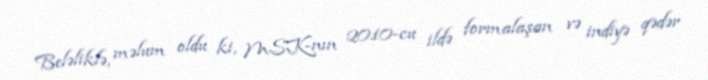
Beləliklə, məlum oldu ki, MSK-nın 2010-cu ildə formalaşan və indiyə qədər